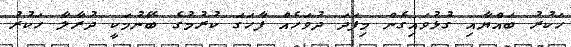
ހަކުރު ބައްޔާއި ގުޅުވައިގެން މިފަދަ ދުވަހެއް ފާހަގަ ކުރުމުގެ ބޭނުމަކީ ދުރާލާ ހަކުރު